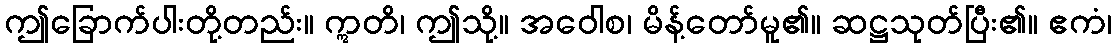
ဤခြောက်ပါးတို့တည်း။ ဣတိ၊ ဤသို့။ အဝေါစ၊ မိန့်တော်မူ၏။ ဆဋ္ဌသုတ်ပြီး၏။ ဧကံ၊